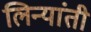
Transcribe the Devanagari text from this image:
लिन्यांती